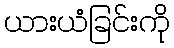
ယားယံခြင်းကို